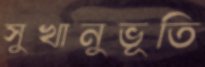
সুখানুভূতি